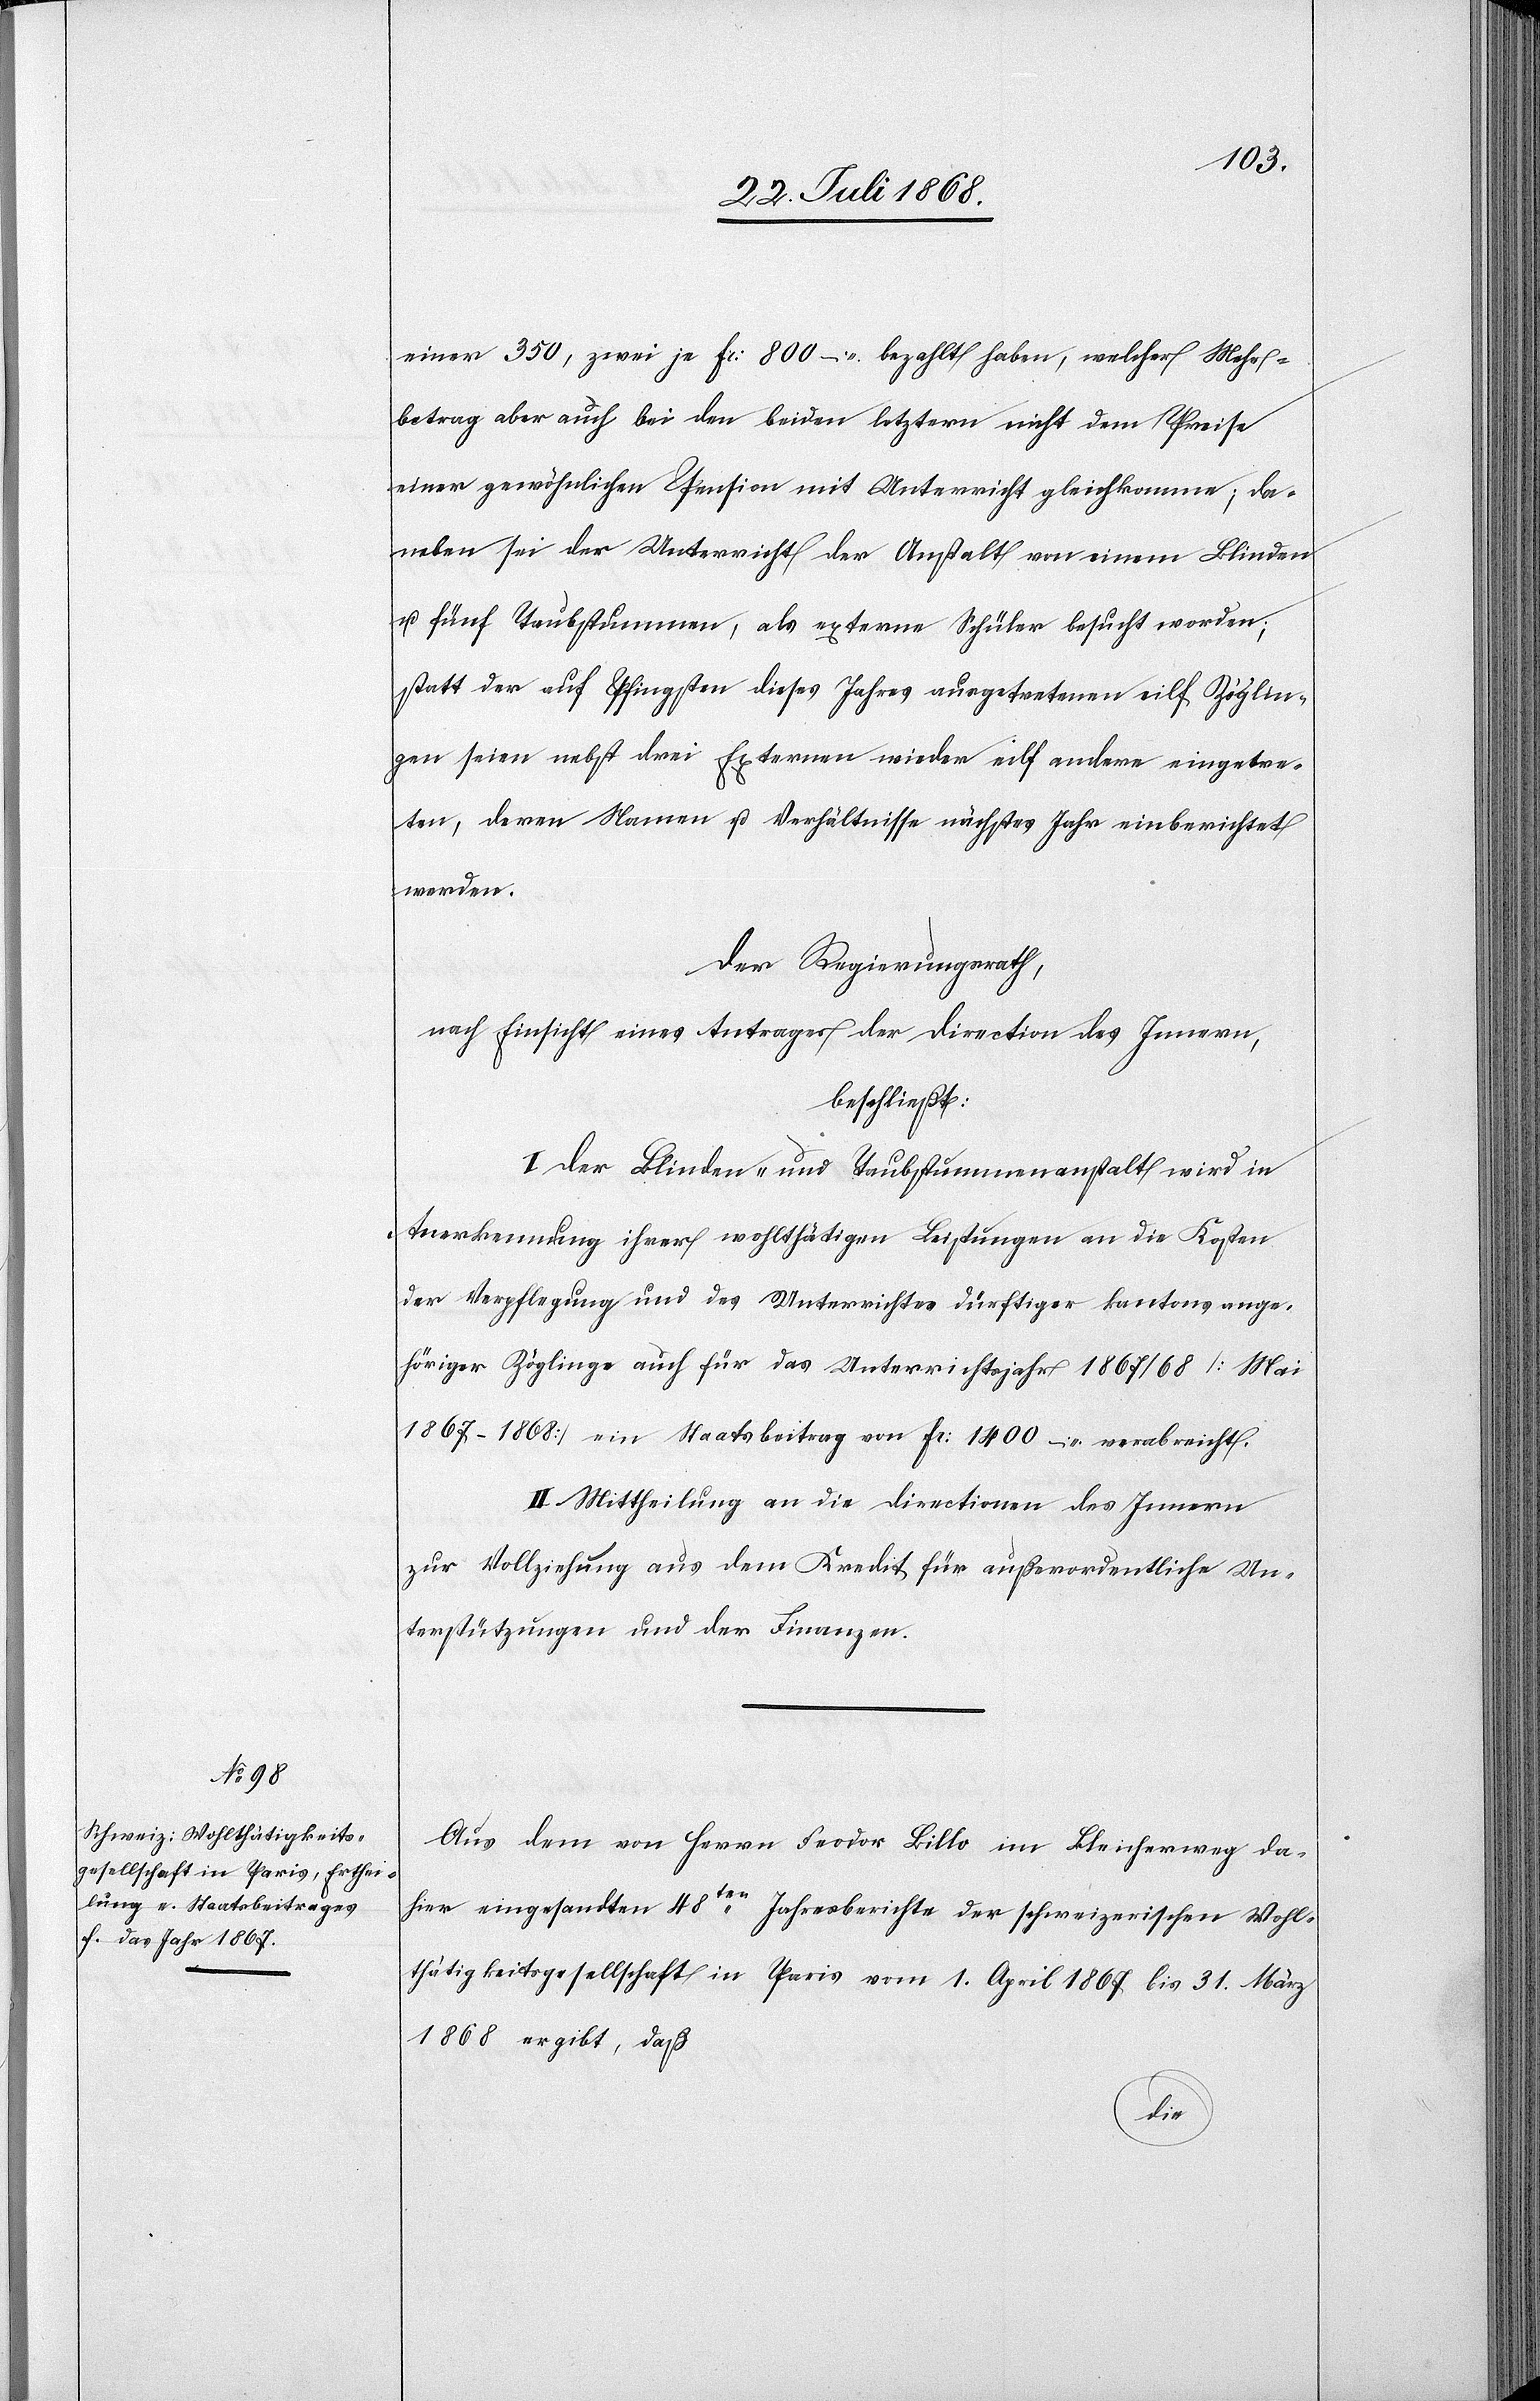
einer 350, zwei je Fr: 800 – bezahlt haben, welcher Mehr¬
betrag aber auch bei den beiden letztern nicht dem Preise
einer gewöhnlichen Pension mit Unterricht gleichkomme; da¬
neben sei der Unterricht der Anstalt von einem Blinden
u. fünf Taubstummen, als externe Schüler besucht worden;
statt der auf Pfingsten dieses Jahres ausgetretenen eilf Zöglin¬
gen seien nebst drei Externen wieder eilf andere eingetre¬
ten, deren Namen u. Verhältnisse nächstes Jahr einberichtet
werden.
Der Regierungsrath,
nach Einsicht eines Antrages der Direction des Innern,
beschließt:
I. Der Blinden- und Taubstummenanstalt wird in
Anerkennung ihrer wohlthätigen Leistungen an die Kosten
der Verpflegung und des Unterrichtes dürftiger kantonsange¬
höriger Zöglinge auch für das Unterrichtsjahr 1867/68 [Mai
1867–1868] ein Staatsbeitrag von Fr: 1400 – verabreicht.
II. Mittheilung an die Directionen des Innern
zur Vollziehung aus dem Kredit für außerordentliche Un¬
terstützungen und der Finanzen.
Aus dem von Herrn Feodor Billo im Bleicherweg da¬
hier eingesandten 48ten Jahresberichte der schweizerischen Wohl¬
thätigkeitsgesellschaft in Paris vom 1. April 1867 bis 31. März
daß